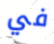
في